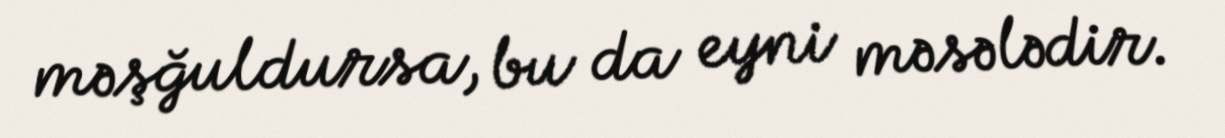
məşğuldursa, bu da eyni məsələdir.